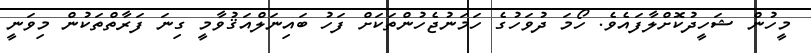
މީހުން ޝަހީދުކޮށްލާފައެވެ. ހޯމަ ދުވަހުގެ ހަމަނުޖެހުންތަކަށް ފަހު ބައިނަލްއަޤުވާމީ ގިނަ ފަރާތްތަކުން މިވަނީ